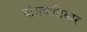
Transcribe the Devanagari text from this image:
योगवाष्ठिसार